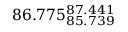
8 6 . 7 7 5 _ { 8 5 . 7 3 9 } ^ { 8 7 . 4 4 1 }